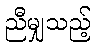
ညီမျှသည့်